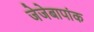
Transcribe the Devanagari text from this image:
जेजेबापांक